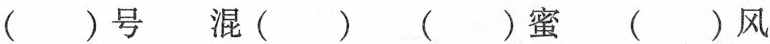
( )号 混( ) ( )蜜 ( )风